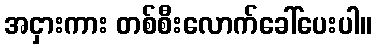
အငှားကား တစ်စီးလောက်ခေါ်ပေးပါ။